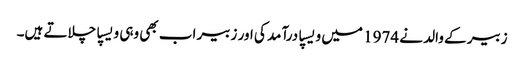
زبیر کے والد نے 1974 میں ویسپا درآمد کی اور زبیر اب بھی وہی ویسپا چلاتے ہیں۔